Annual report of the Punjab Veterinary College and of the Civil Veterinary Department, Punjab - 1894-1908
Year: 1894
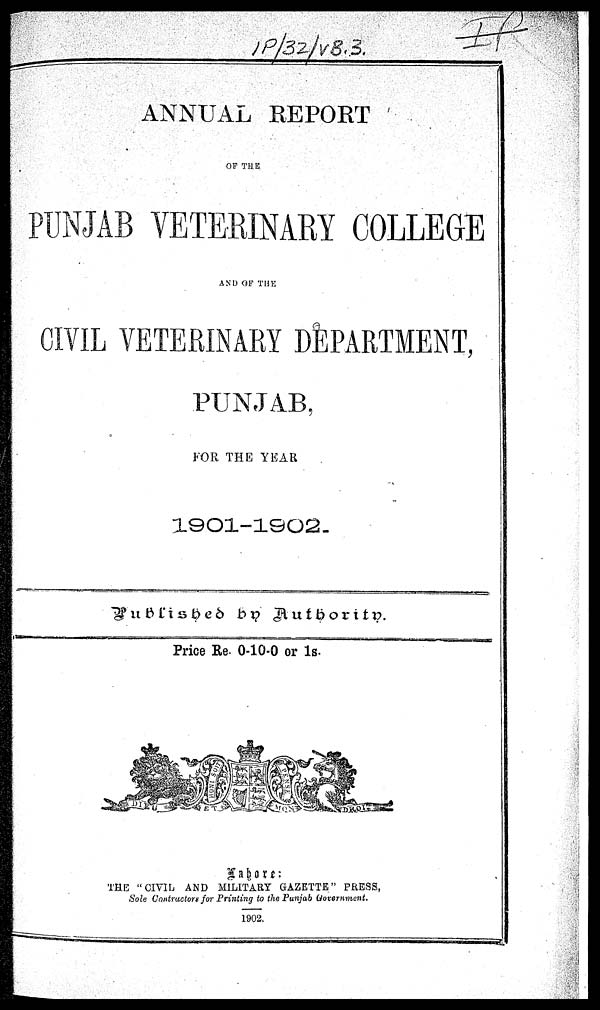
ANNUAL REPORT
OF THE
PUNJAB VETERINARY COLLEGE
AND OF THE
CIVIL VETERINARY DEPARTMENT,
PUNJAB.
FOR THE YEAR
1901-1902.
Published by Authority.
Price Re. 0-10-0 or 1s.
Lahore:
THE "CIVIL AND MILITARY GAZETTE" PRESS,
Sole Contractors for Printing to the Punjab Government.
1902.